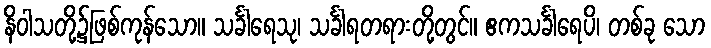
နိဝါသတို့၌ဖြစ်ကုန်သော။ သင်္ခါရေသု၊ သင်္ခါရတရားတို့တွင်။ ဧကသင်္ခါရေပိ၊ တစ်ခု သော